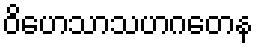
ဝိဟေသာသဟဂတေန